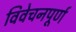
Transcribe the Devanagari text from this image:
विवेचनपूर्ण